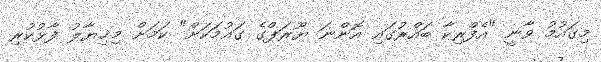
މިގައުމު ވާނީ "އެފްރިކާ ބައްރުގައި އޮންނަ ޔޫރަޕްގެ ގައުމަކަށް" ކަމަށް މިޚިޔާލު ފާޅުކުރި